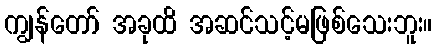
ကျွန်တော် အခုထိ အဆင်သင့်မဖြစ်သေးဘူး။